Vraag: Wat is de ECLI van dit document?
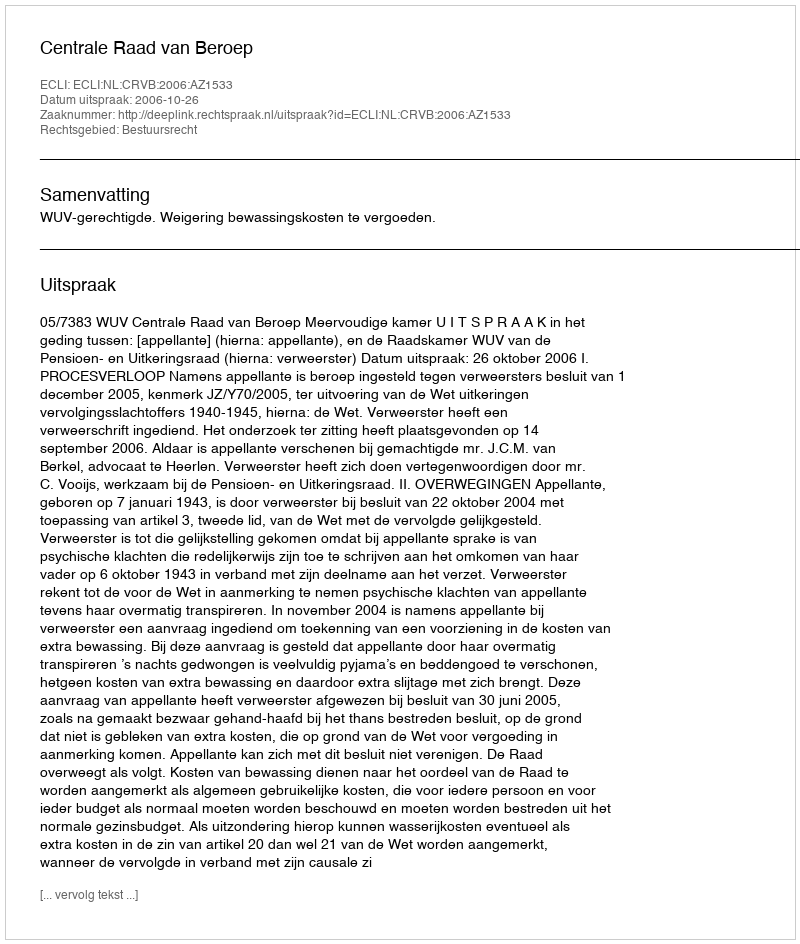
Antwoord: ECLI:NL:CRVB:2006:AZ1533